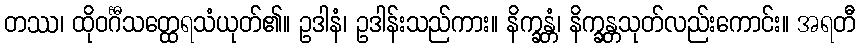
တဿ၊ ထိုဝင်္ဂီသတ္ထေရသံယုတ်၏။ ဥဒါနံ၊ ဥဒါန်းသည်ကား။ နိက္ခန္တံ၊ နိက္ခန္တသုတ်လည်းကောင်း။ အရတီ